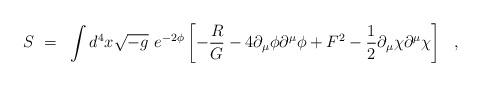
LaTeX: \begin{align*}S~=~\int d^4x \sqrt{-g}~e^{-2\phi} \left[ - \frac{R}{G} - 4\partial_\mu \phi \partial^\mu \phi + F^2 - \frac{1}{2} \partial_\mu\chi \partial^\mu \chi \right]~~,\end{align*}